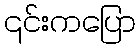
၎င်းကပြော